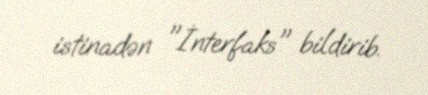
istinadən "İnterfaks" bildirib.